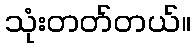
သုံးတတ်တယ်။